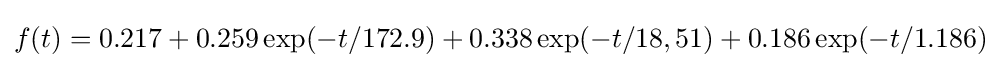
f(t)=0.217+0.259\exp(-t/172.9)+0.338\exp(-t/18,51)+0.186\exp(-t/1.186)